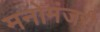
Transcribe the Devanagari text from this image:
मनोमंजरी